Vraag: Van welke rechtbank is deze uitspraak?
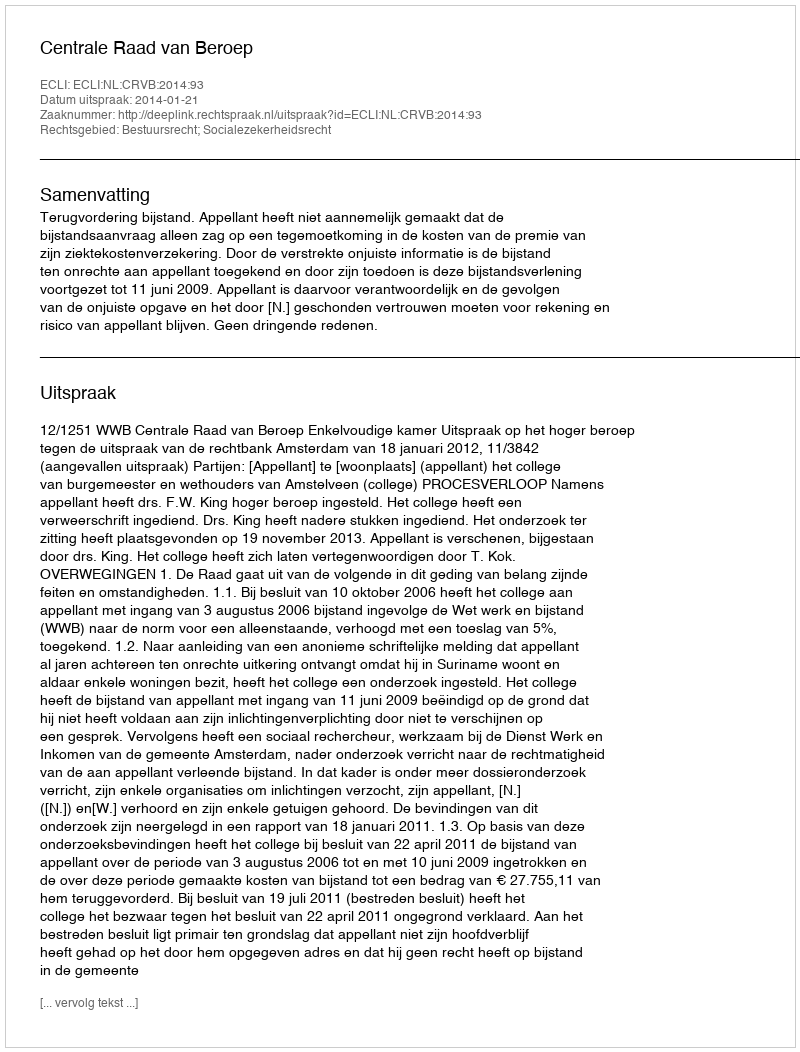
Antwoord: Centrale Raad van Beroep